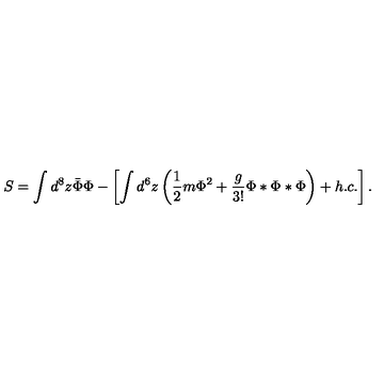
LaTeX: S = \int d ^ { 8 } z \bar { \Phi } \Phi - \left[ \int d ^ { 6 } z \left( \frac { 1 } { 2 } m \Phi ^ { 2 } + \frac { g } { 3 ! } \Phi * \Phi * \Phi \right) + h . c . \right] .